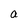
Character: a